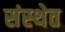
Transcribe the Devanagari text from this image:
संस्‍थेत